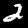
Label: 2